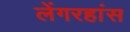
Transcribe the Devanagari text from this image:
लेंगरहांस